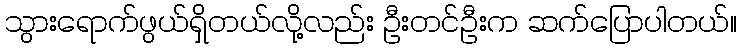
သွားရောက်ဖွယ်ရှိတယ်လို့လည်း ဦးတင်ဦးက ဆက်ပြောပါတယ်။